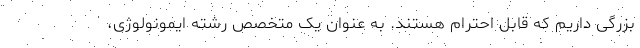
بزرگی داریم که قابل احترام هستند. به عنوان یک متخصص رشته ایمونولوژی،